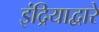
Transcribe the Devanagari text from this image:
इंद्रियाद्वारे